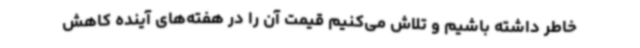
خاطر داشته باشیم و تلاش می‌کنیم قیمت آن را در هفته‌های آینده کاهش